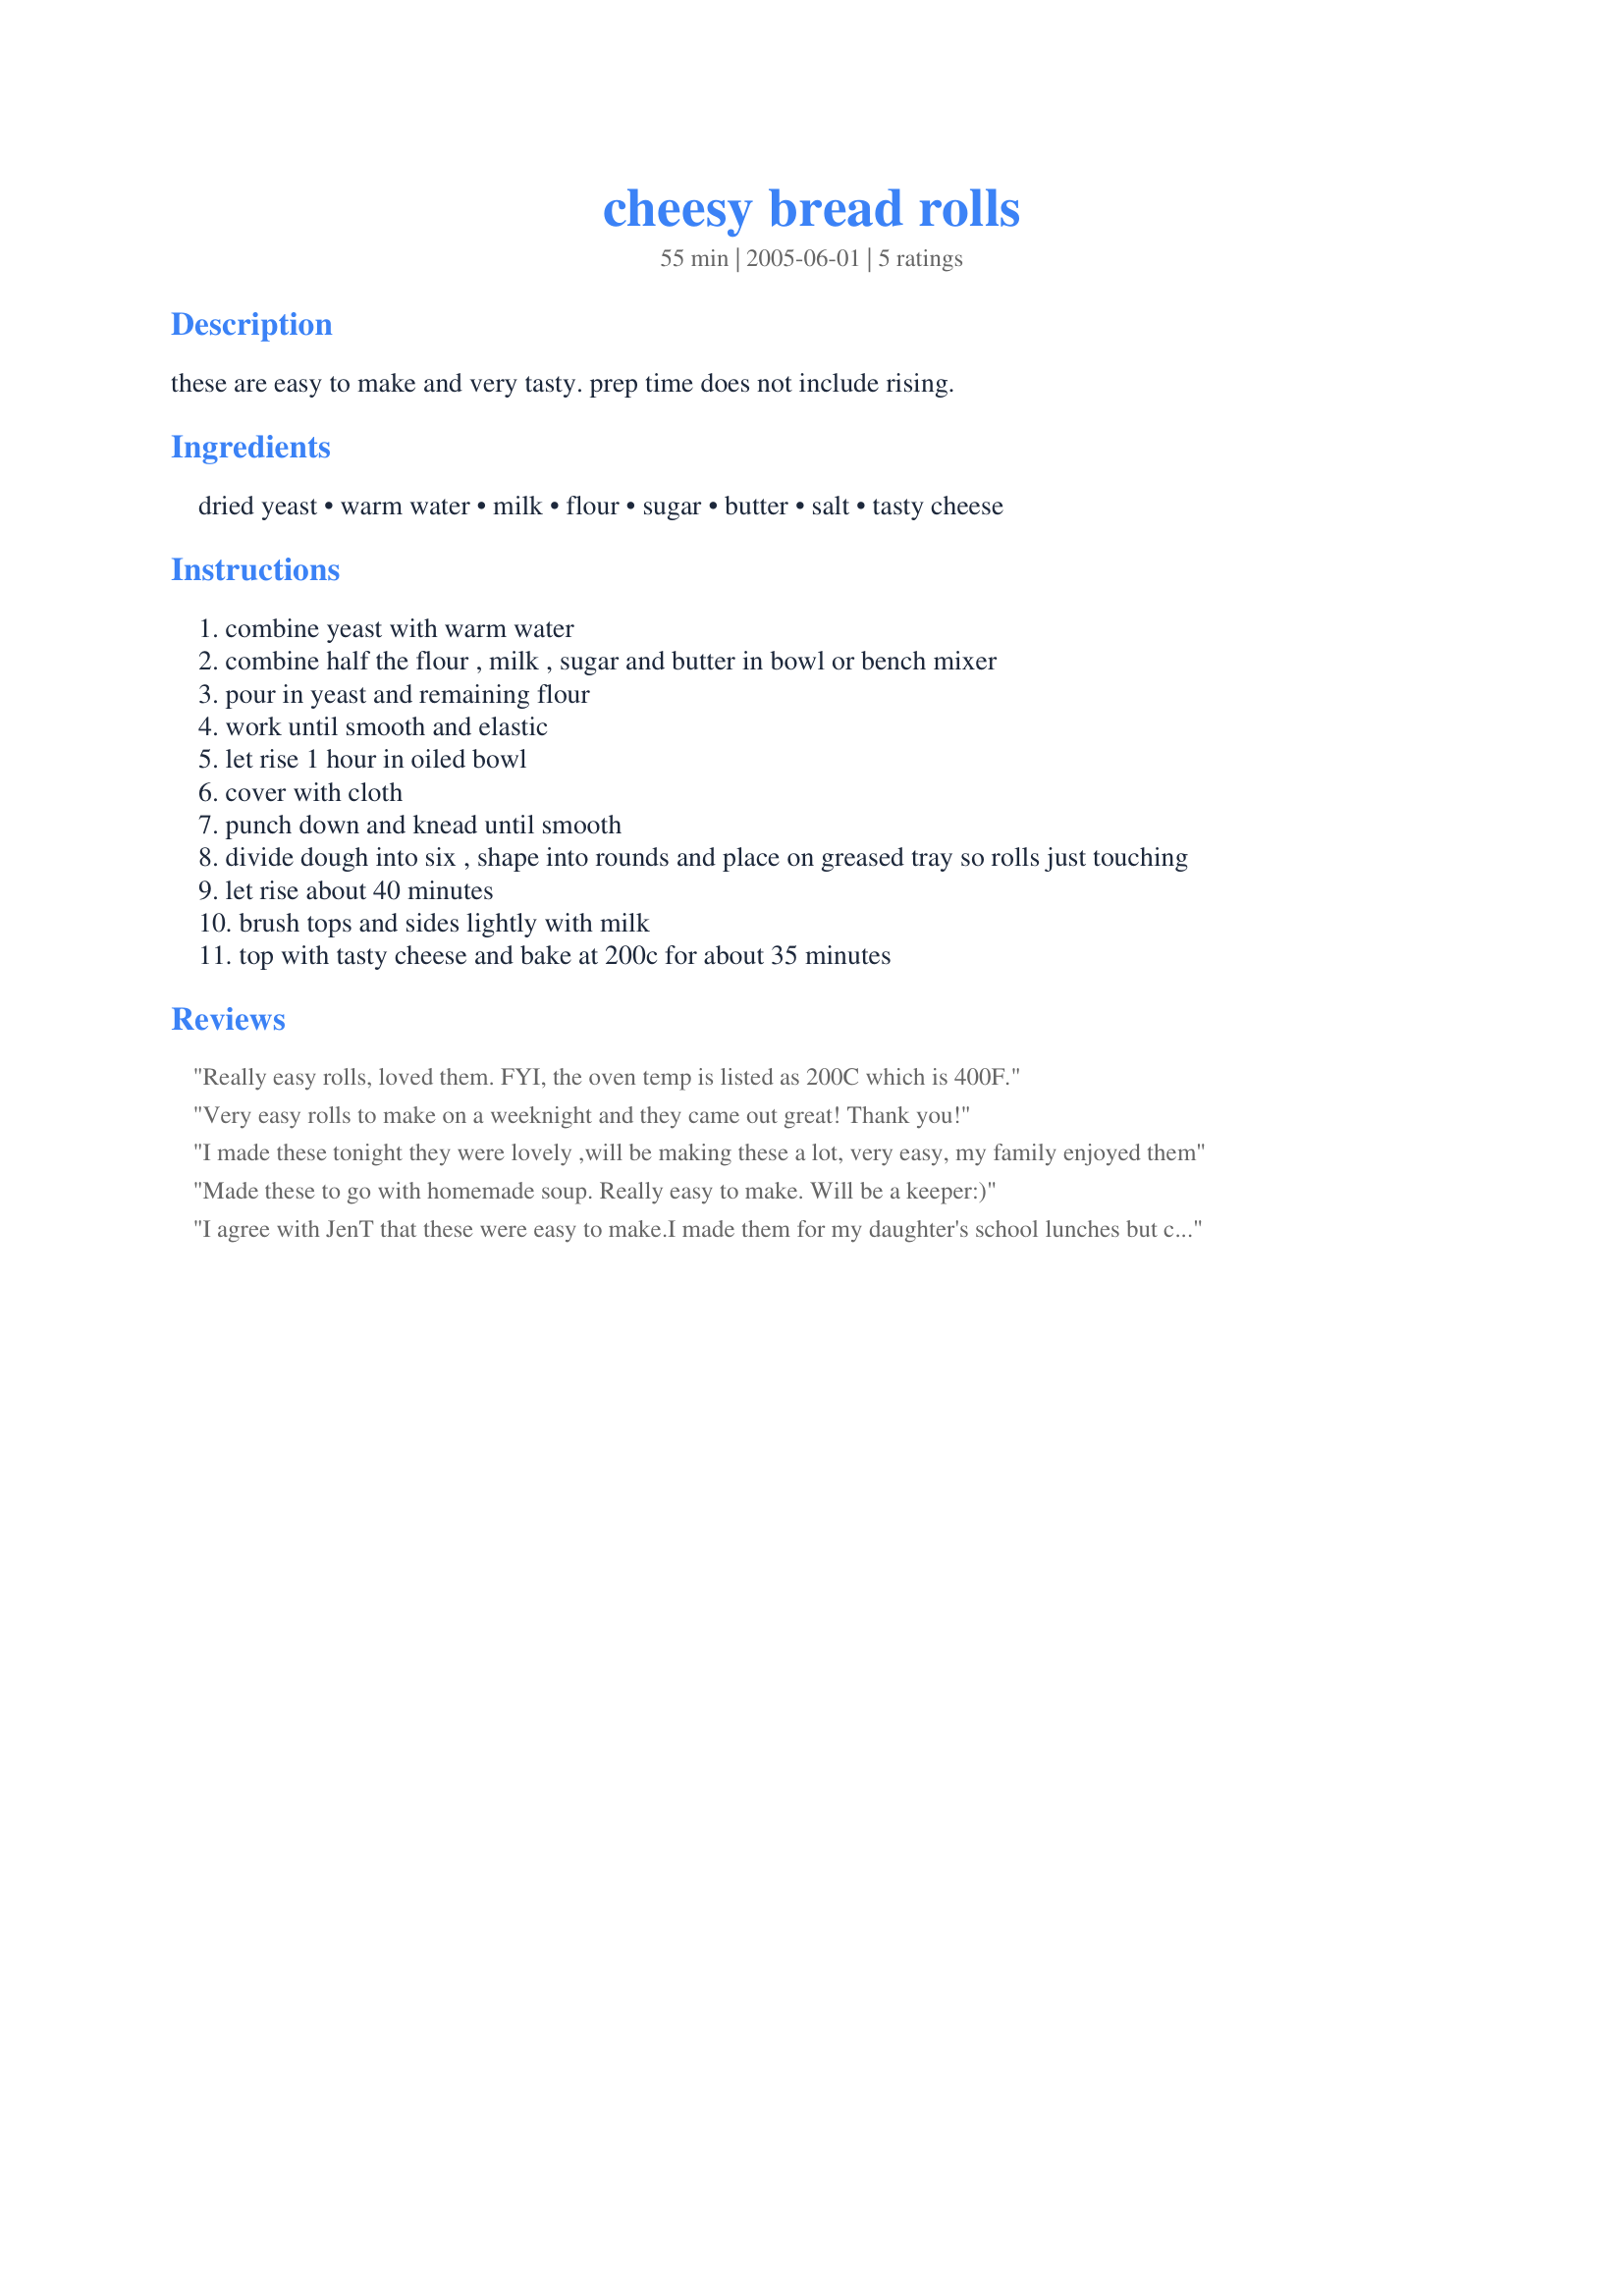
cheesy bread rolls
Preparation time: 55 minutes

these are easy to make and very tasty.
prep time does not include rising.

Ingredients:
dried yeast, warm water, milk, flour, sugar, butter, salt, tasty cheese

Steps:
combine yeast with warm water
combine half the flour , milk , sugar and butter in bowl or bench mixer
pour in yeast and remaining flour
work until smooth and elastic
let rise 1 hour in oiled bowl
cover with cloth
punch down and knead until smooth
divide dough into six , shape into rounds and place on greased tray so rolls just touching
let rise about 40 minutes
brush tops and sides lightly with milk
top with tasty cheese and bake at 200c for about 35 minutes

Reviews:
Really easy rolls, loved them. FYI, the oven temp is listed as 200C which is 400F.
Very easy rolls to make on a weeknight and they came out great! Thank you!
I made these tonight they were lovely ,will be making these a lot, very easy, my family enjoyed them
Made these to go with homemade soup. Really easy to make. Will be a keeper:)
I agree with JenT that these were easy to make.I made them for my daughter's school lunches but couldn't resist eating one straight from the oven. The recipe makes 6 huge,cheesy rolls. I will use this recipe often!
